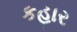
કહાર